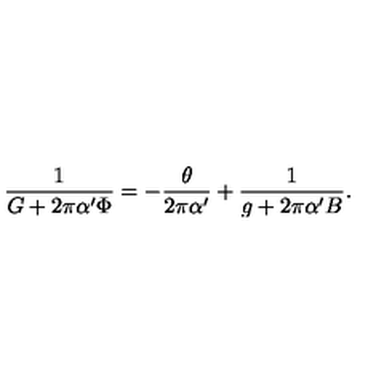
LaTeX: \frac { 1 } { G + 2 \pi { \alpha ^ { \prime } } \Phi } = - \frac { \theta } { 2 \pi { \alpha ^ { \prime } } } + \frac { 1 } { g + 2 \pi { \alpha ^ { \prime } } B } .